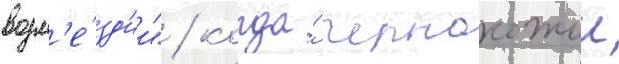
возм'е́зд'ии" / когда́ чернокожии